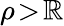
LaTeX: \rho\! >\! \mathbb{R}